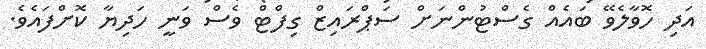
އަދި ހޮވާލެވޭ ބައެއް ގެސްޓުންނަށް ސަޕްރައިޒް ގިފްޓް ވެސް ވަނީ ހަދިޔާ ކޮށްފައެވެ.